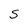
Character: S